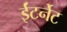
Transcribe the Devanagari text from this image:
ईंटर्नेट